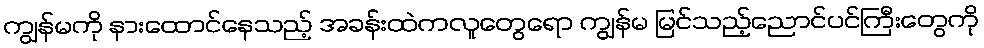
ကျွန်မကို နားထောင်နေသည့် အခန်းထဲကလူတွေရော ကျွန်မ မြင်သည့်ညောင်ပင်ကြီးတွေကို